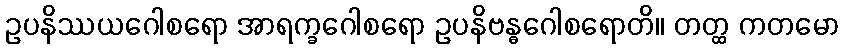
ဥပနိဿယဂေါစရော အာရက္ခဂေါစရော ဥပနိဗန္ဓဂေါစရောတိ။ တတ္ထ ကတမော